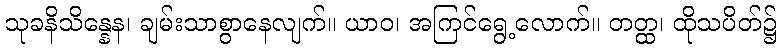
သုခနိသိန္နေန၊ ချမ်းသာစွာနေလျက်။ ယာဝ၊ အကြင်ရွေ့လောက်။ တတ္ထ၊ ထိုသပိတ်၌